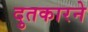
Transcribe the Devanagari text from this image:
दुतकारने